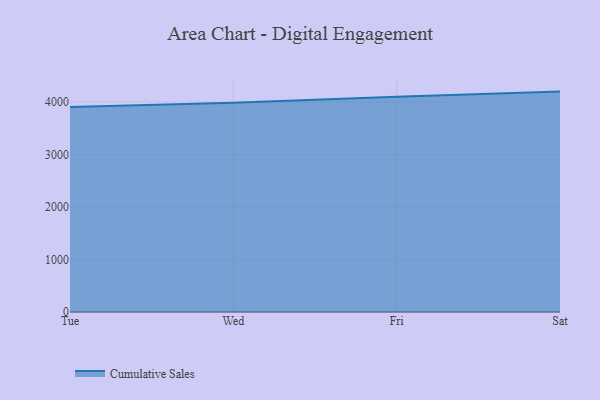
{"axis": {"x": "Day", "y": "Satisfaction Score"}, "legend": ["Cumulative Sales"], "data": [{"x": "Tue", "y": 3903.5, "type": "Cumulative Sales"}, {"x": "Wed", "y": 3984.7, "type": "Cumulative Sales"}, {"x": "Fri", "y": 4102.1, "type": "Cumulative Sales"}, {"x": "Sat", "y": 4198.0, "type": "Cumulative Sales"}]}